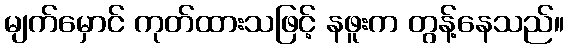
မျက်မှောင် ကုတ်ထားသဖြင့် နဖူးက တွန့်နေသည်။